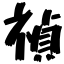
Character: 禎